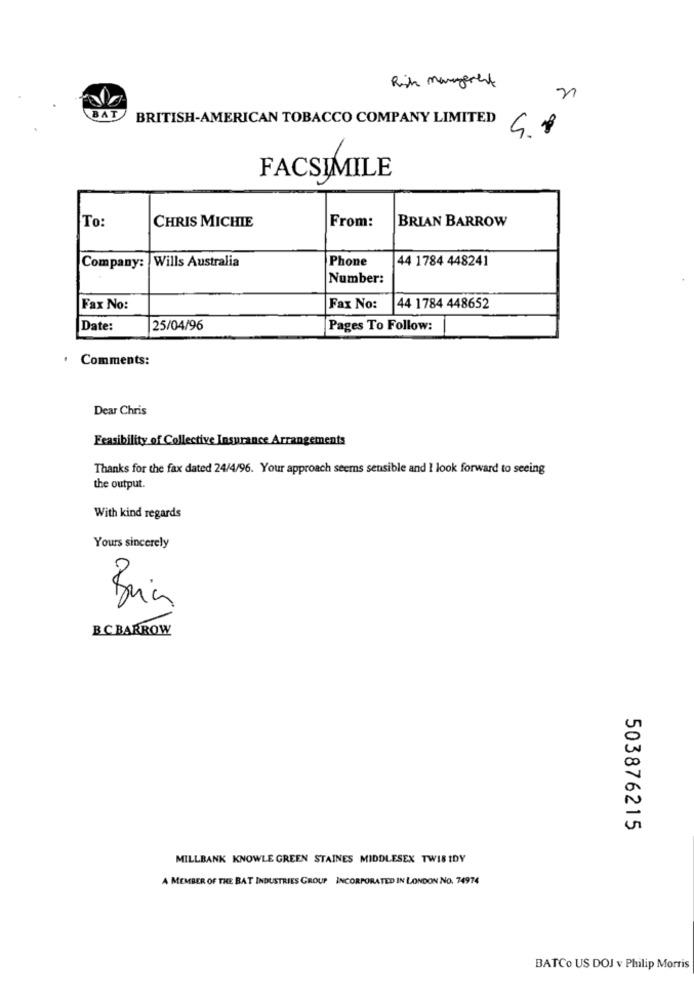
Risk management
BAT
BRITISH-AMERICAN TOBACCO COMPANY LIMITED
FACSIMILE
To:
CHRIS MICHIE
BRIAN BARROW
From:
Wills Australia
Phone
44 1784 448241
Company:
Number:
Fax No:
Fax No:
44 1784 448652
Date:
25/04/96
Pages To Follow:
Comments:
Dear Chris
Feasibility of Collective Insurance Arrangements
Thanks for the fax dated 24/4/96. Your approach seems sensible and I look forward to seeing
the output.
With kind regards
Yours sincerely
Brian
BCBARROW
503876215
MILLBANK KNOWLE GREEN STAINES MIDDLESEX TWIS IDY
A MEMBER OF THE BAT INDUSTRIES GROUP INCORPORATED IN LONDON NO. 74974
BATCo US DOJ v Philip Morris